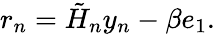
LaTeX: r_{n}={\tilde{H}}_{n}y_{n}-\beta e_{1}.